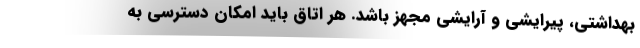
بهداشتی، پیرایشی و آرایشی مجهز باشد. هر اتاق باید امکان دسترسی به